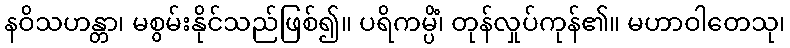
နဝိသဟန္တာ၊ မစွမ်းနိုင်သည်ဖြစ်၍။ ပရိကမ္ပိံ၊ တုန်လှုပ်ကုန်၏။ မဟာဝါတေသု၊